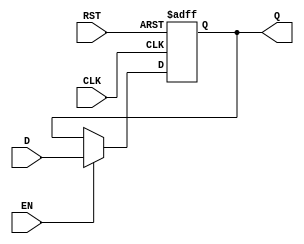
module output_register (
    input wire D,       // Data input
    input wire CLK,     // Clock input
    input wire EN,      // Enable input
    input wire RST,     // Reset input
    output reg Q        // Data output
);

// Asynchronous reset
always @(posedge CLK or posedge RST) begin
    if (RST) begin
        Q <= 1'b0;     // Default state on reset
    end else if (EN) begin
        Q <= D;        // Capture data on clock edge if enabled
    end
    // If EN is low, Q retains its previous value
end

endmodule